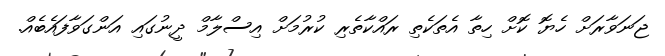
ޖަނަވާރަށް ހެޔޮ ކޮށް ހިތާ އެތަކެތި ރައްކާތެރި ކުރުމަށް އިސްލާމް ދީނުގައި އަންގަވާފައެބެއް.